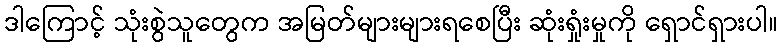
ဒါကြောင့် သုံးစွဲသူတွေက အမြတ်များများရစေပြီး ဆုံးရှုံးမှုကို ရှောင်ရှားပါ။